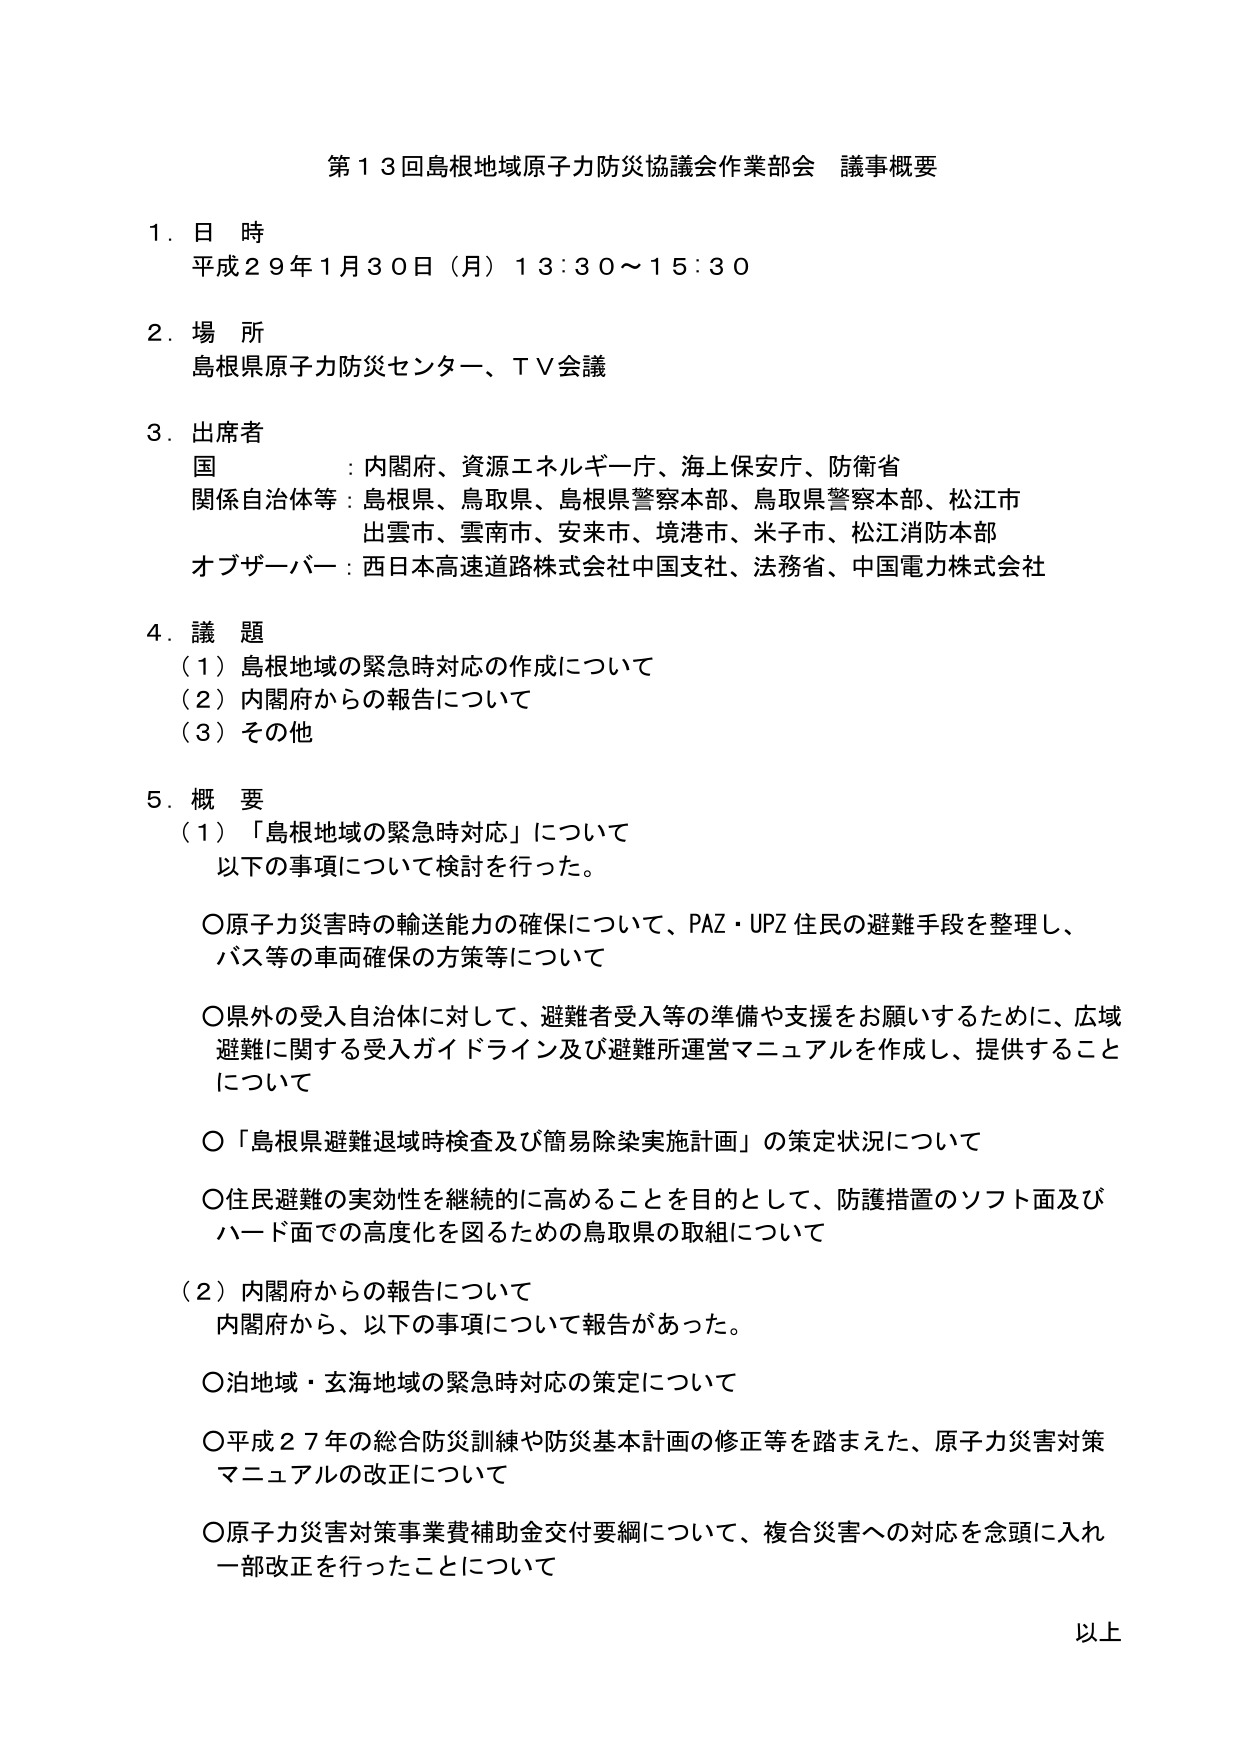
第１３回島根地域原子力防災協議会作業部会 議事概要

１．日 時
平成２９年１月３０日（月）１３：３０～１５：３０

２．場 所
島根県原子力防災センター、ＴＶ会議

３．出席者
国 ：内閣府、資源エネルギー庁、海上保安庁、防衛省
関係自治体等：島根県、鳥取県、島根県警察本部、鳥取県警察本部、松江市
出雲市、雲南市、安来市、境港市、米子市、松江消防本部
オブザーバー：西日本高速道路株式会社中国支社、法務省、中国電力株式会社

４．議 題
（１）島根地域の緊急時対応の作成について
（２）内閣府からの報告について
（３）その他

５．概 要
（１）「島根地域の緊急時対応」について
以下の事項について検討を行った。

〇原子力災害時の輸送能力の確保について、PAZ・UPZ住民の避難手段を整理し、
バス等の車両確保の方策等について

〇県外の受入自治体に対して、避難者受入等の準備や支援をお願いするために、広域
避難に関する受入ガイドライン及び避難所運営マニュアルを作成し、提供すること
について

〇「島根県避難退域時検査及び簡易除染実施計画」の策定状況について

〇住民避難の実効性を継続的に高めることを目的として、防護措置のソフト面及び
ハード面での高度化を図るための鳥取県の取組について

（２）内閣府からの報告について
内閣府から、以下の事項について報告があった。

〇泊地域・玄海地域の緊急時対応の策定について

〇平成２７年の総合防災訓練や防災基本計画の修正等を踏まえた、原子力災害対策
マニュアルの改正について

〇原子力災害対策事業費補助金交付要綱について、複合災害への対応を念頭に入れ
一部改正を行ったことについて

以上